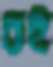
রই